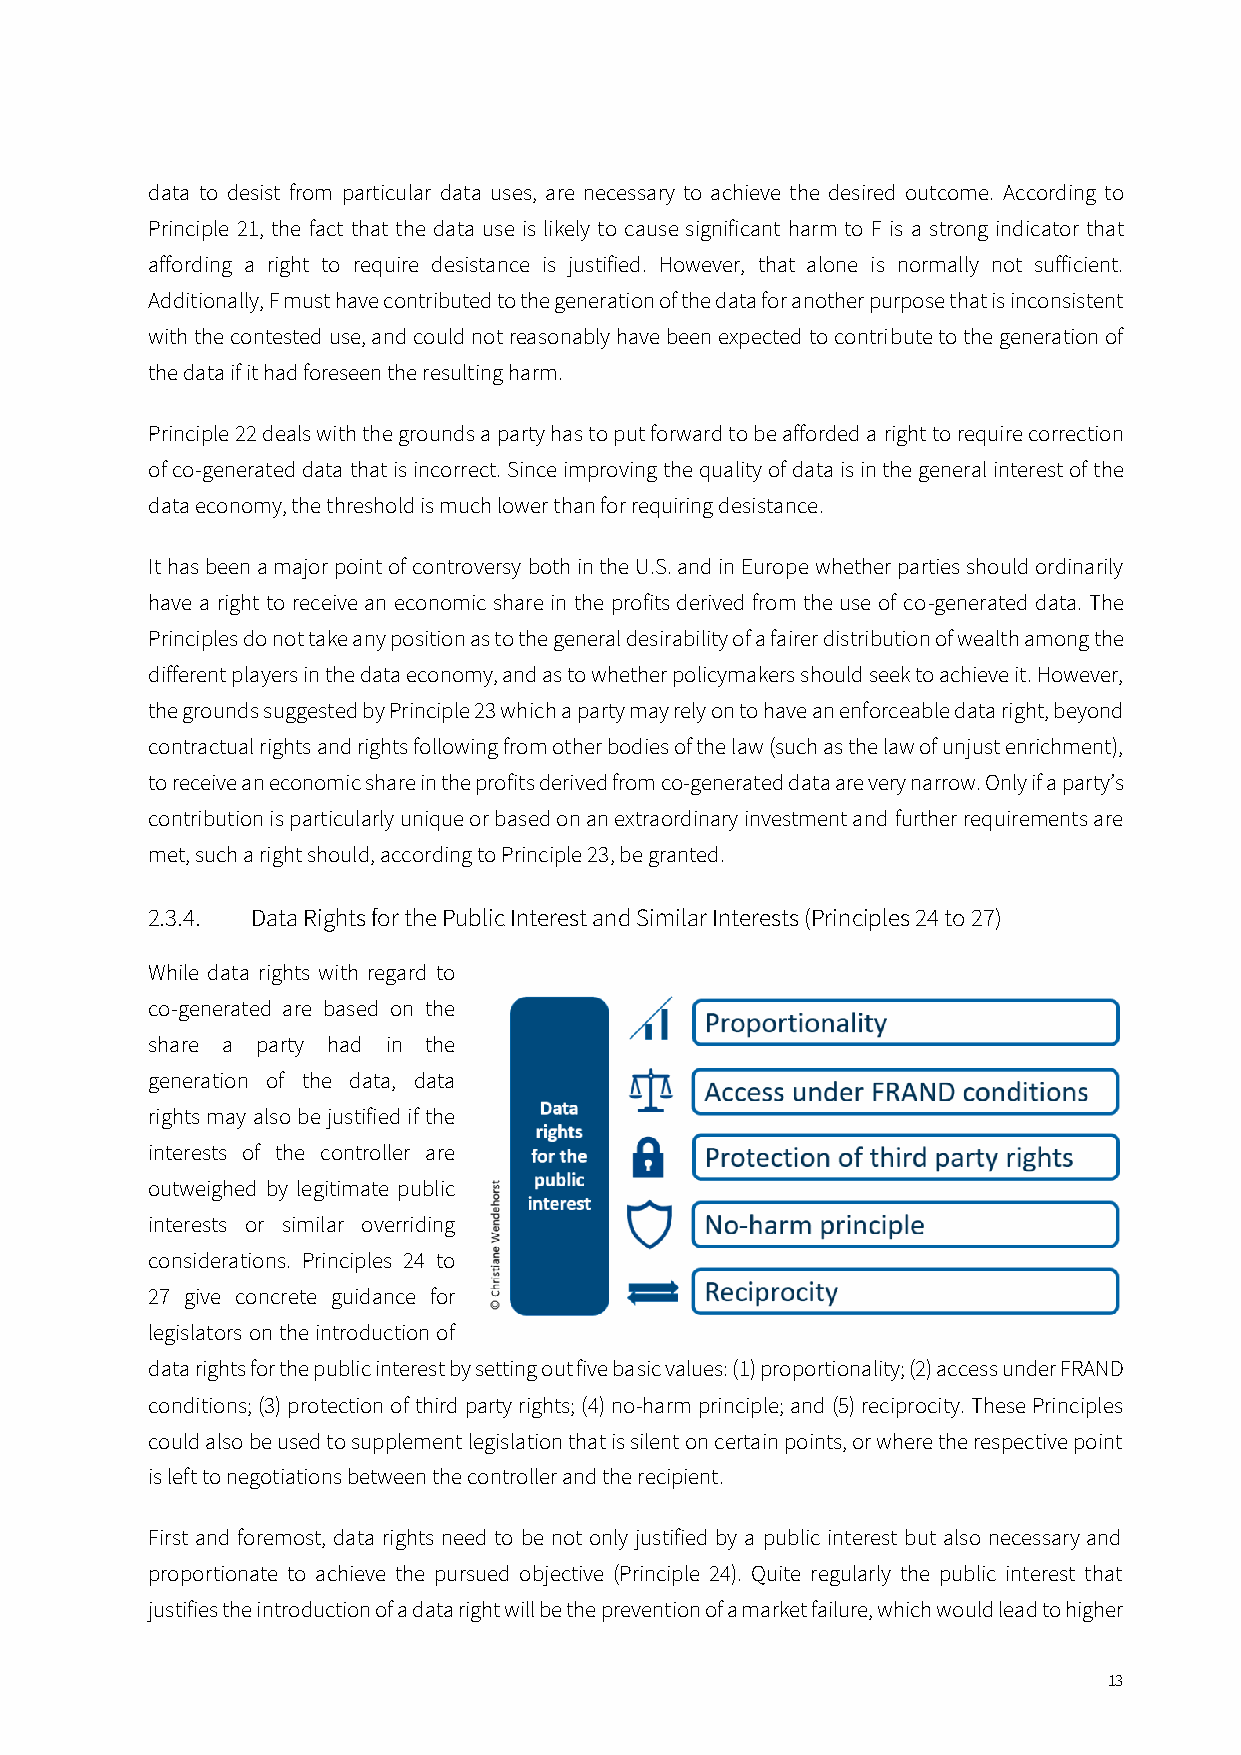
data to desist from particular data uses, are necessary to achieve the desired outcome. According to
 Principle 21, the fact that the data use is likely to cause significant harm to F is a strong indicator that
 affording a right to require desistance is justified. However, that alone is normally not sufficient.
 Additionally, F must have contributed to the generation of the data for another purpose that is inconsistent
 with the contested use, and could not reasonably have been expected to contribute to the generation of
 the data if it had foreseen the resulting harm.
 Principle 22 deals with the grounds a party has to put forward to be afforded a right to require correction
 of co-generated data that is incorrect. Since improving the quality of data is in the general interest of the
 data economy, the threshold is much lower than for requiring desistance.
 It has been a major point of controversy both in the U.S. and in Europe whether parties should ordinarily
 have a right to receive an economic share in the profits derived from the use of co-generated data. The
 Principles do not take any position as to the general desirability of a fairer distribution of wealth among the
 different players in the data economy, and as to whether policymakers should seek to achieve it. However,
 the grounds suggested by Principle 23 which a party may rely on to have an enforceable data right, beyond
 contractual rights and rights following from other bodies of the law (such as the law of unjust enrichment),
 to receive an economic share in the profits derived from co-generated data are very narrow. Only if a party’s
 contribution is particularly unique or based on an extraordinary investment and further requirements are
 met, such a right should, according to Principle 23, be granted.
 2.3.4. Data Rights for the Public Interest and Similar Interests (Principles 24 to 27)
 While data rights with regard to
 co-generated are based on the
 share a party had in the
 generation of the data, data
 rights may also be justified if the
 interests of the controller are
 outweighed by legitimate public
 interests or similar overriding
 considerations. Principles 24 to
 27 give concrete guidance for
 legislators on the introduction of
 data rights for the public interest by setting out five basic values: (1) proportionality; (2) access under FRAND
 conditions; (3) protection of third party rights; (4) no-harm principle; and (5) reciprocity. These Principles
 could also be used to supplement legislation that is silent on certain points, or where the respective point
 is left to negotiations between the controller and the recipient.
 First and foremost, data rights need to be not only justified by a public interest but also necessary and
 proportionate to achieve the pursued objective (Principle 24). Quite regularly the public interest that
 justifies the introduction of a data right will be the prevention of a market failure, which would lead to higher
 13